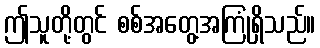
ဤသူတို့တွင် စစ်အတွေ့အကြုံရှိသည်။